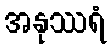
အနုဿရံ